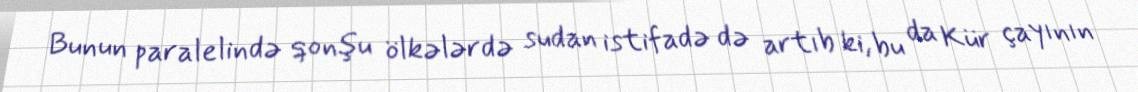
Bunun paralelində qonşu ölkələrdə sudan istifadə də artıb ki, bu da Kür çayının